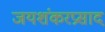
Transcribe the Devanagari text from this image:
जयशंकरप्रसाद